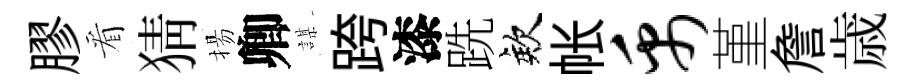
膠看猜揚卿謀跨漆跣欸帐禹堇詹歳